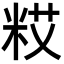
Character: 𮇗